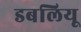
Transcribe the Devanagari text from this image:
डबलियू